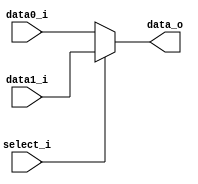
/***************************************************
Student Name:Shawn
Student ID: group17_0816095
***************************************************/

   `timescale 1ns/1ps

   module MUX_2to1(
       input  [31:0] data0_i,
       input  [31:0] data1_i,
       input         select_i,
       output [31:0] data_o
   );

   assign data_o = (select_i==0)?data0_i:data1_i;

   endmodule